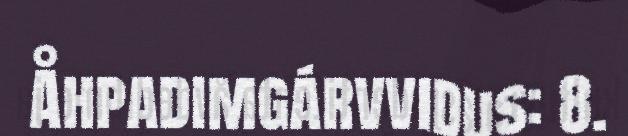
Åhpadimgárvvidus: 8.